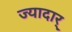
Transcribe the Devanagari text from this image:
ज्यादार्